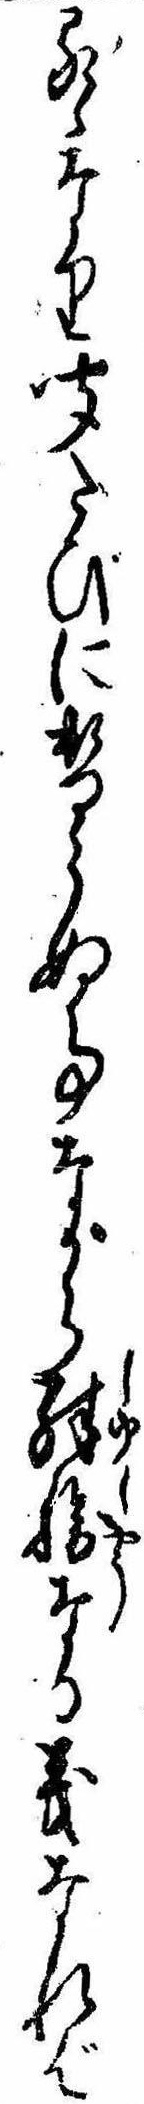
るゝなり聞たびに替らぬ事ながら殊勝なる義なれば